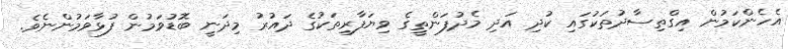
އެހެންކަމުން އިގްތިސާދުތަކުގައި ކުދި އަދި މެދުފަންތީގެ ވިޔަފާރިތަކުގެ ދައުރު މިދަނީ ބޮޑުވަމުން ފުޅާވަމުންނެވެ.